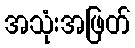
အသုံးအဖြတ်